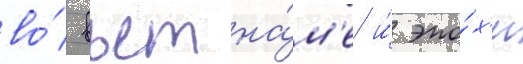
во́ вьетна́м'е и́ эпо́х'и